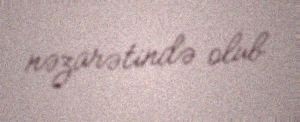
nəzarətində olub.